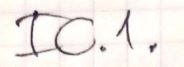
IC.1.